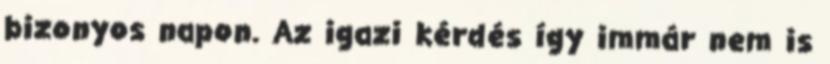
bizonyos napon. Az igazi kérdés így immár nem is